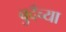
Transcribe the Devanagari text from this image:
बुदँच्या